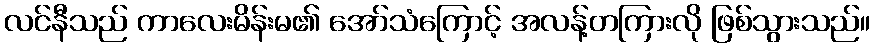
လင်နီသည် ကာလေးမိန်းမ၏ အော်သံကြောင့် အလန့်တကြားလို ဖြစ်သွားသည်။